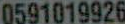
0591019926